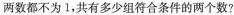
两数都不为1，共有多少组符合条件的两个数?